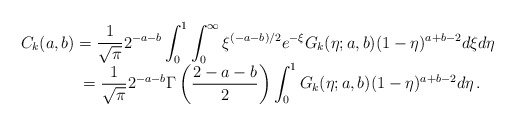
\begin{align*}\begin{array}{l}\displaystyle C_k(a,b)=\frac1{\sqrt\pi}2^{-a-b}\int_0^1\int_0^\infty\xi^{(-a-b)/2}e^{-\xi}G_k(\eta;a,b)(1-\eta)^{a+b-2}d\xi d\eta\\\qquad\hphantom{aaa}=\displaystyle\frac1{\sqrt\pi}2^{-a-b}\Gamma\left(\frac{2-a-b}2\right)\int_0^1G_k(\eta;a,b)(1-\eta)^{a+b-2}d\eta\,.\vphantom{\vrule heigh 13pt}\end{array}\end{align*}